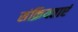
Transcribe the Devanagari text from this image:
संक्रियताएं